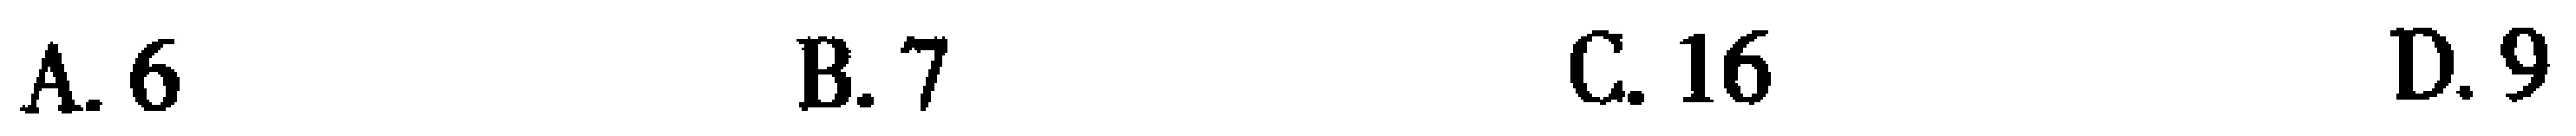
A. 6 \quad B. 7 \quad C. 16 \quad D. 9